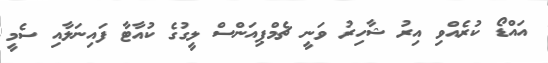
އައްޑޯ ކުރެއްވި އިރު ޝާހިރު ވަނީ ޗެމްޕިއަންސް ލީގުގެ ކުއާޓާ ފައިނަލާއި ސެމީ